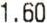
1.60